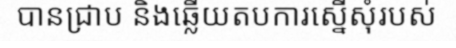
បានជ្រាប និងឆ្លើយតបការស្នើសុំរបស់